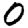
Digit: 0